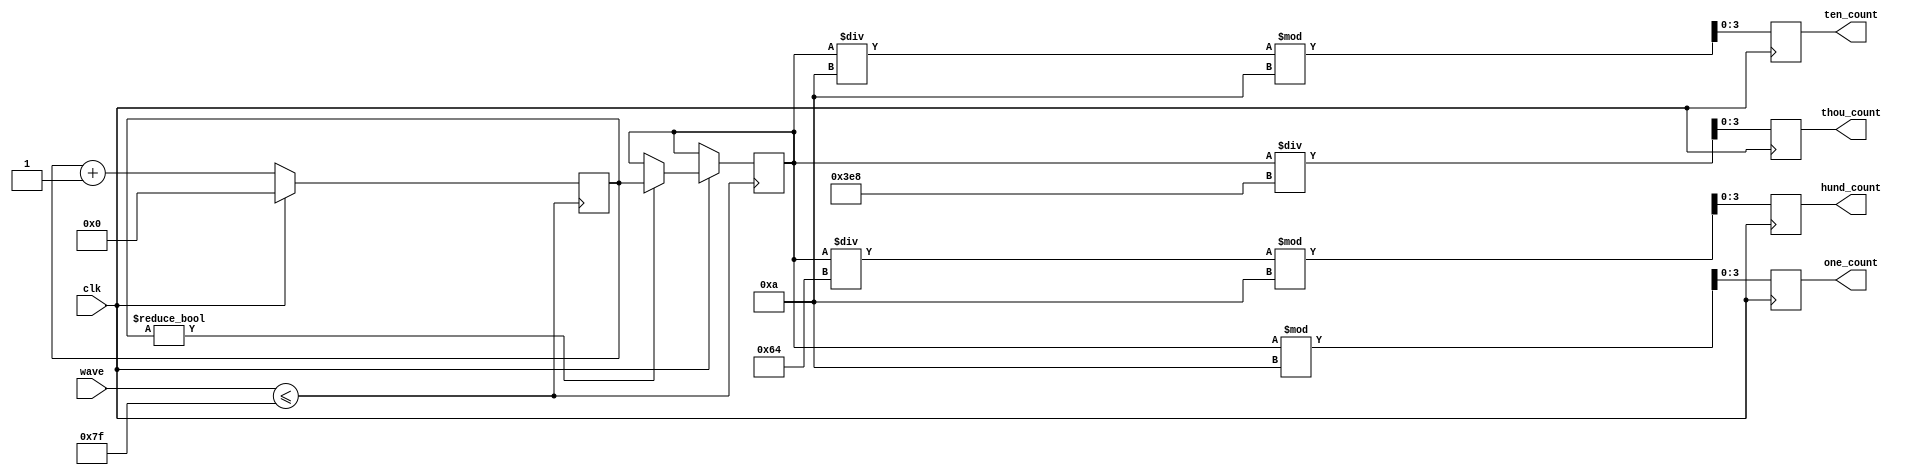
`timescale 1ns / 1ps
//////////////////////////////////////////////////////////////////////////////////
// Company: 
// Engineer: 
// 
// Design Name: 
// Module Name: real_freq
// Project Name: 
// Target Devices: 
// Tool Versions: 
// Description: 
// 
// Dependencies: 
// 
// Revision:
// Revision 0.01 - File Created
// Additional Comments:
// 
//////////////////////////////////////////////////////////////////////////////////


module real_freq(
    input clk,
    input[7:0] wave,
    output reg[3:0] thou_count,
    output reg[3:0] hund_count,
    output reg[3:0] ten_count,
    output reg[3:0] one_count
    );
    reg[19:0] freq_tmp;
    reg[19:0] freq_count;
    reg half;
    initial
    begin
        freq_count <= 20'd0;
        freq_tmp <= 20'd0;
    end

    always@(*)
    begin
        if(wave <= 8'd127)
        begin
            half <= 1'b0;
        end
        else
        begin
            half <= 1'b1;
        end
    end

    always@(posedge half)
    begin
        if(clk == 0)
        begin
            freq_tmp <= freq_tmp + 1;
        end
        else
        begin
            if(freq_tmp != 0)
            begin
                freq_count <= freq_tmp;
            end
            freq_tmp <= 0;
        end
    end

    always@(negedge clk)
    begin
        one_count <= freq_count % 10;
        ten_count <= (freq_count / 10) % 10;
        hund_count <= (freq_count / 100) % 10;
        thou_count <= freq_count / 1000;
    end

endmodule